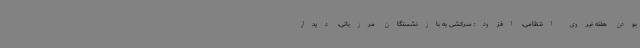
بودن هفته نیروی انتظامی، افزود: سرکشی به بازنشستگان مرزبانی، دیدار